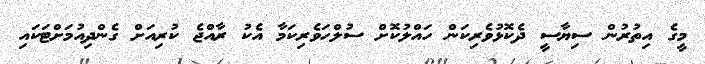
މީގެ އިތުރުން ސިޔާސީ ދެކޮޅުވެރިކަން ހައްލުކޮށް ސުލްހަވެރިކަމާ އެކު ރާއްޖެ ކުރިއަށް ގެންދިއުމަށްޓަކައި